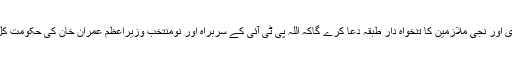
تو آج بیچارہ مُلک کا بڑاسرکاری اور نجی ملازمین کا تنخواہ دار طبقہ دعا کرے گاکہ اللہ پی ٹی آئی کے سربراہ اور نومنتخب وزیراعظم عمران خان کی حکومت کل کے بجائے آج ہی چلی جائے۔